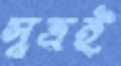
সূত্রই